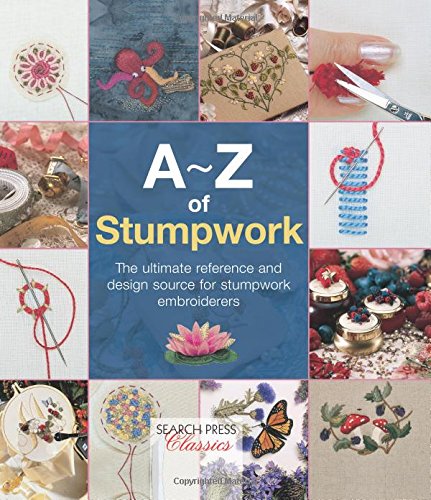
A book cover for A-Z of Stumpwork (A-Z of Needlecraft); Crafts, Hobbies & Home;